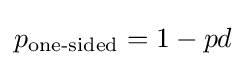
p_{\text{one-sided}}=1-pd